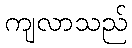
ကျလာသည်